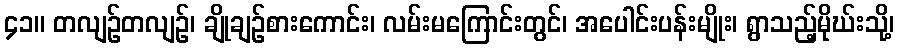
၄၁။ တလျဉ်တလျဉ်၊ ချိုချဉ်စားကောင်း၊ လမ်းမကြောင်းတွင်၊ အပေါင်းပန်းမျိုး၊ ရွာသည့်မိုဃ်းသို့၊